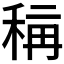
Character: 𱶈